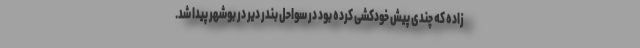
زاده که چندی پیش خودکشی کرده بود در سواحل بندر دیر در بوشهر پیدا شد.